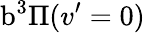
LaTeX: \mathrm{b}^{3}\Pi(v^{\prime}=0)